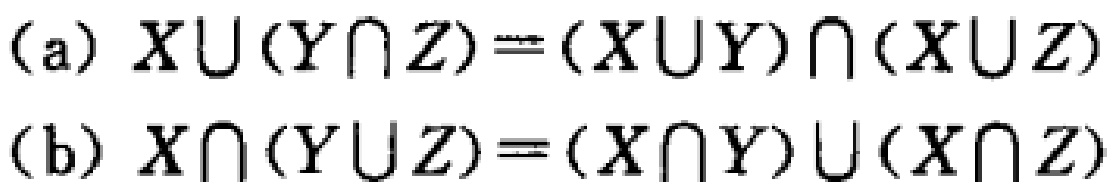
(a) \(X\cup(Y\cap Z)=(X\cup Y)\cap(X\cup Z)\)

(b) \(X\cap(Y\cup Z)=(X\cap Y)\cup(X\cap Z)\)